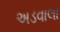
અડવાલા